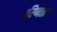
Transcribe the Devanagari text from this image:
परिणतां